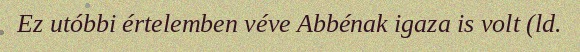
Ez utóbbi értelemben véve Abbénak igaza is volt (ld.